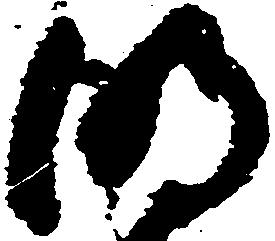
明